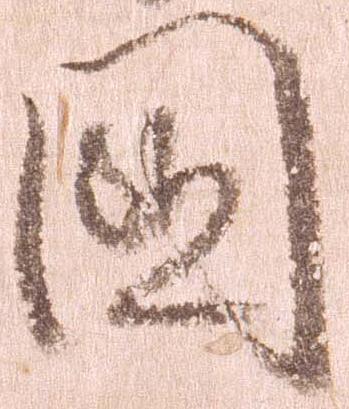
国